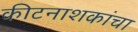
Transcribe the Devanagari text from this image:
कीटनाशकांचा